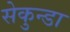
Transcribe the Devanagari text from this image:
सेकुन्डा